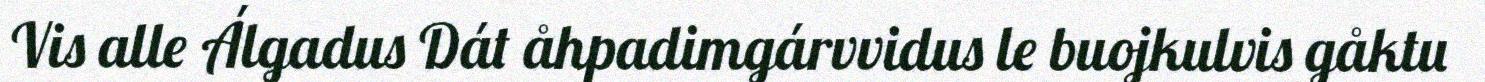
Vis alle Álgadus Dát åhpadimgárvvidus le buojkulvis gåktu